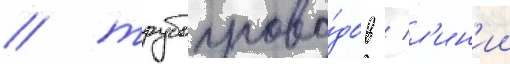
/ трубопрово́дов / л'ин'ии